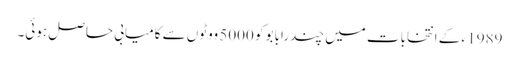
1989 ء کے انتخابات میں چندرابابو کو 5000 ووٹوں سے کامیابی حاصل ہوئی۔